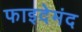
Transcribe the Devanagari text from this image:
फाइदेमंद